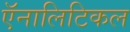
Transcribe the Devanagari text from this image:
ऍनालिटिकल